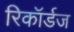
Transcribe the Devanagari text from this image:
रिकॉर्डज